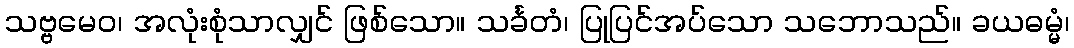
သဗ္ဗမေဝ၊ အလုံးစုံသာလျှင် ဖြစ်သော။ သင်္ခတံ၊ ပြုပြင်အပ်သော သဘောသည်။ ခယဓမ္မံ၊